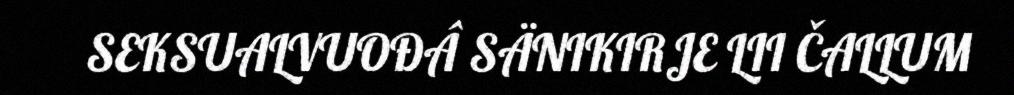
SEKSUALVUOĐÂ SÄNIKIRJE LII ČALLUM